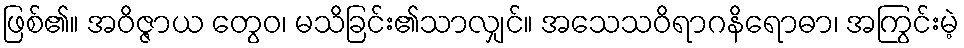
ဖြစ်၏။ အဝိဇ္ဇာယ တွေဝ၊ မသိခြင်း၏သာလျှင်။ အသေသဝိရာဂနိရောဓာ၊ အကြွင်းမဲ့